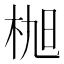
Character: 𣑢